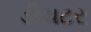
ડીચટર